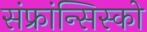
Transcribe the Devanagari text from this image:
संफ्रांन्सिस्को